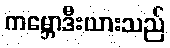
ကမ္ဘောဒီးယားသည်